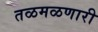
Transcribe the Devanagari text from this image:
तळमळणारी